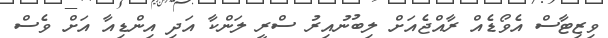
ވިޒިޓާސް އެވޯޑެއް ރާއްޖެއަށް ލިބުނުއިރު ސްރީ ލަންކާ އަދި އިންޑިއާ އަށް ވެސް